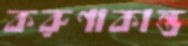
করুণাকান্ত